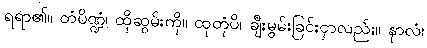
ရရာ၏။ တံပိဏ္ဍံ၊ ထိုဆွမ်းကို။ ထုတုံပိ၊ ချီးမွမ်းခြင်းငှာလည်း။ နာလံ၊